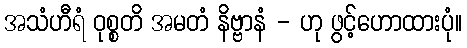
အသံဟီရံ ဝုစ္စတိ အမတံ နိဗ္ဗာနံ - ဟု ဖွင့်ဟောထားပုံ။